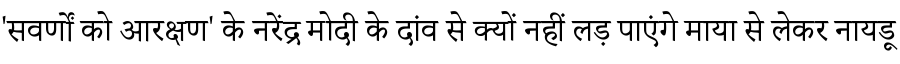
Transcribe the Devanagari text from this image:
'सवर्णों को आरक्षण' के नरेंद्र मोदी के दांव से क्यों नहीं लड़ पाएंगे माया से लेकर नायडू